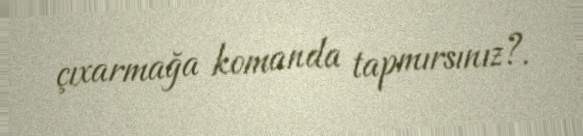
çıxarmağa komanda tapmırsınız?.